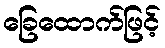
ခြေထောက်ဖြင့်